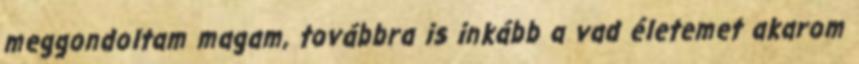
meggondoltam magam, továbbra is inkább a vad életemet akarom